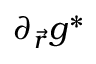
\partial _ { \vec { r } } g ^ { \ast }